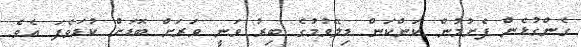
ގެންގުޅެން ފެށުމުން ކަންކަން ޑިލޭވުމުގެ ބިރު ވަނީ ވަރަށް ބޮޑަށް ކުޑަވެފަ އެވެ.